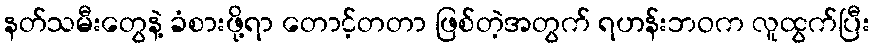
နတ်သမီးတွေနဲ့ ခံစားဖို့ရာ တောင့်တတာ ဖြစ်တဲ့အတွက် ရဟန်းဘဝက လူထွက်ပြီး